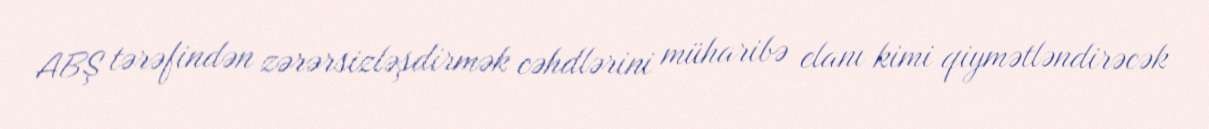
ABŞ tərəfindən zərərsizləşdirmək cəhdlərini müharibə elanı kimi qiymətləndirəcək